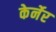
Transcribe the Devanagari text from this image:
केर्नेर